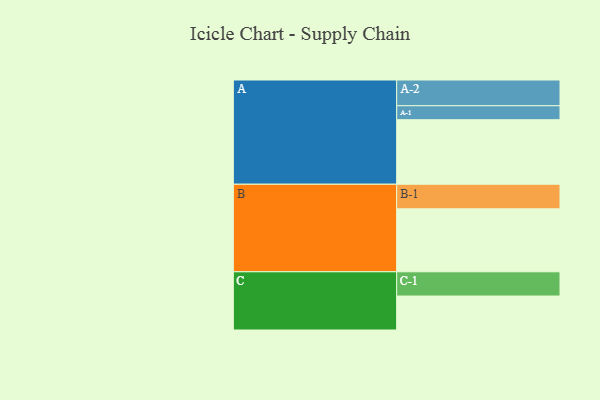
{"axis": {"x": "Segment", "y": "Value"}, "legend": ["", "A", "B", "C"], "data": [{"x": "A", "y": 572, "type": ""}, {"x": "B", "y": 558, "type": ""}, {"x": "C", "y": 301, "type": ""}, {"x": "A-1", "y": 124, "type": "A"}, {"x": "A-2", "y": 228, "type": "A"}, {"x": "B-1", "y": 218, "type": "B"}, {"x": "C-1", "y": 215, "type": "C"}]}